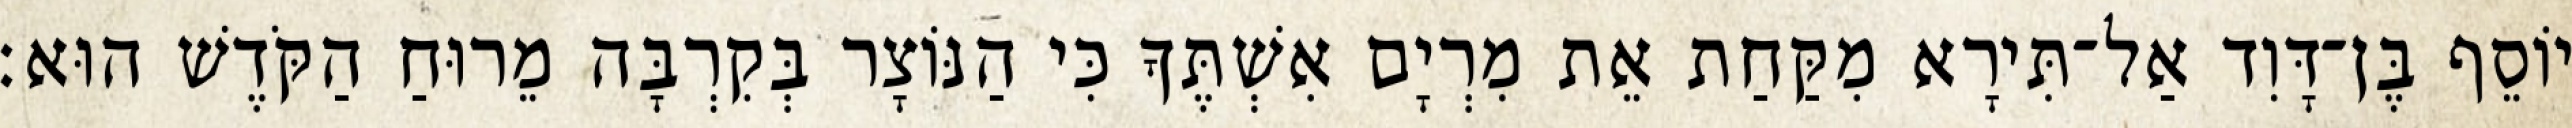
יוֹסֵף בֶּן־דָּוִד אַל־תִּירָא מִקַּחַת אֵת מִרְיָם אִשְׁתֶּךָ כִּי הַנּוֹצָר בְּקִרְבָּה מֵרוּחַ הַקֹּדֶשׁ הוּא׃